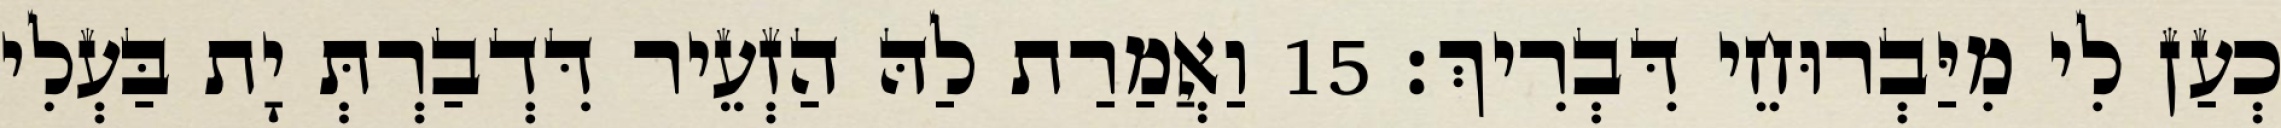
כְעַן לִי מִיַּבְרוּחֵי דִּבְרִיךְ׃ 15 וַאֲמַרַת לַהּ הַזְעֵיר דִּדְבַרְתְּ יָת בַּעְלִי